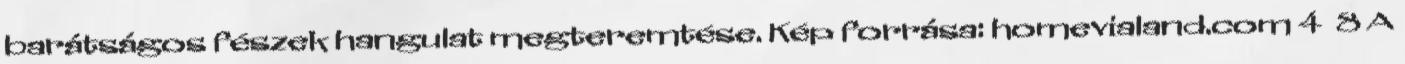
barátságos fészek hangulat megteremtése. Kép forrása: homevialand.com 4 8 A